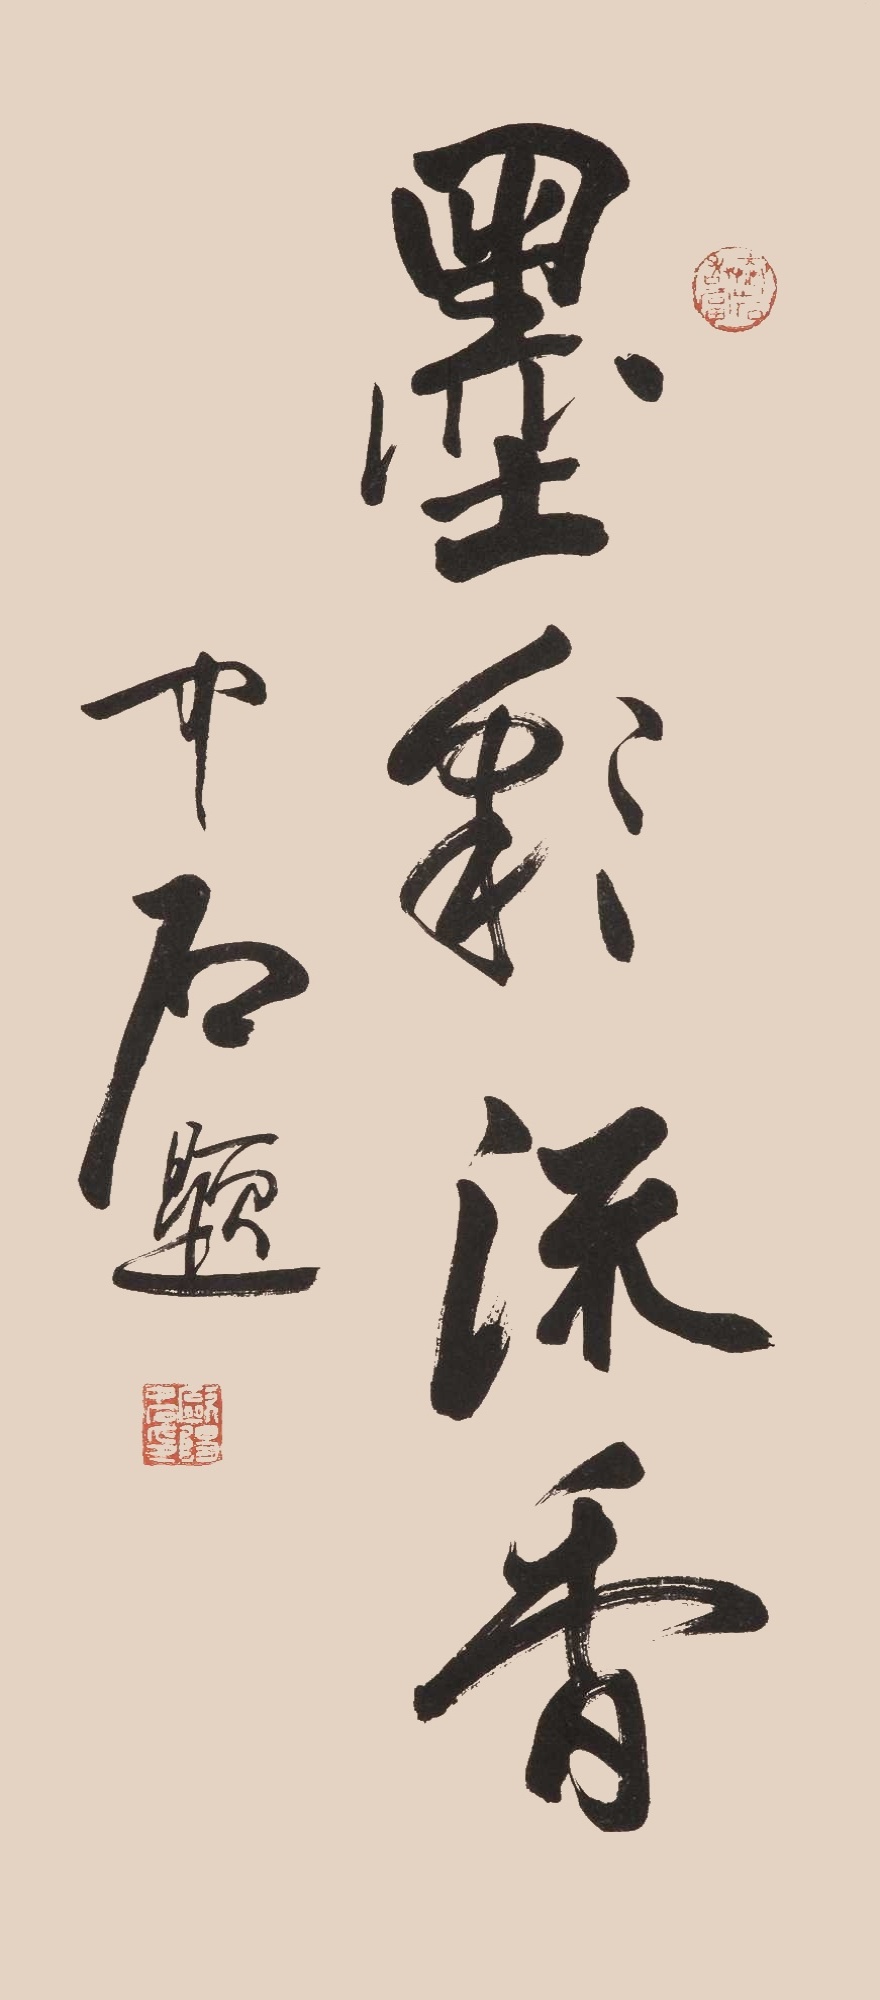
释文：墨彩流香。中石题。